Source: Handwritten
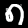
Digit: ၈ (8)